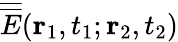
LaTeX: \overline{{\overline{{E}}}}({\mathbf r}_{1},t_{1};{\mathbf r}_{2},t_{2})